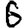
Digit: 6